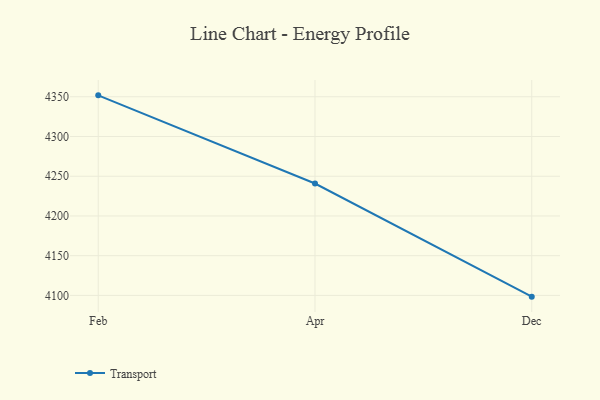
{"axis": {"x": "Month", "y": "LTV (USD)"}, "legend": ["Transport"], "data": [{"x": "Feb", "y": 4351.8, "type": "Transport"}, {"x": "Apr", "y": 4240.8, "type": "Transport"}, {"x": "Dec", "y": 4098.4, "type": "Transport"}]}